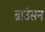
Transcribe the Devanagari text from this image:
ब्राउंसन